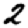
Digit: 2